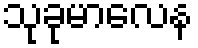
သုခုမာလေန